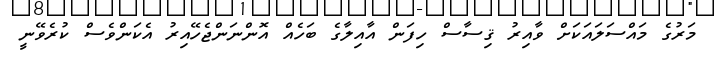
މަރުގެ މައްސަލައަކަށް ވާއިރު ޤިސާސް ހިފަން އާއިލާގެ ބަހެއް އޮންނަންޖެހޭއިރު އެކަންވެސް ކުރެވޭނީ